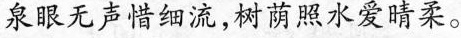
泉眼无声惜细流，树荫照水爱晴柔。